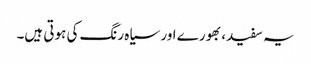
یہ سفید، بھورے اور سیاہ رنگ کی ہوتی ہیں۔